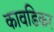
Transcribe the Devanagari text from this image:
कावडिकर